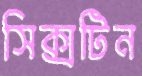
সিক্সটিন